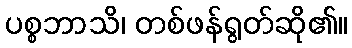
ပစ္စဘာသိ၊ တစ်ဖန်ရွတ်ဆို၏။